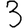
Digit: 3